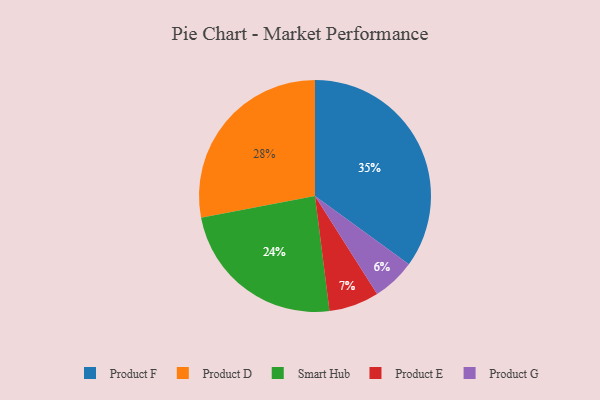
{"axis": {"x": "Category", "y": "Percentage"}, "legend": ["Product D", "Product E", "Product F", "Product G", "Smart Hub"], "data": [{"x": "Product D", "y": 28, "type": "Product D"}, {"x": "Product G", "y": 6, "type": "Product G"}, {"x": "Product F", "y": 35, "type": "Product F"}, {"x": "Smart Hub", "y": 24, "type": "Smart Hub"}, {"x": "Product E", "y": 7, "type": "Product E"}]}